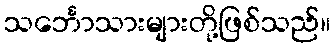
သင်္ဘောသားများတို့ဖြစ်သည်။